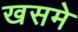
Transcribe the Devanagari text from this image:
खसमे